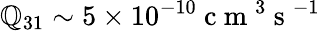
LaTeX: \mathbb{Q}_{31}\sim5\times10^{-10}\mathrm{{~c~m~}}^{3}\mathrm{{~s~}}^{-1}